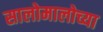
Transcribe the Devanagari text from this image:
सालोमालोच्या